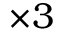
\times 3